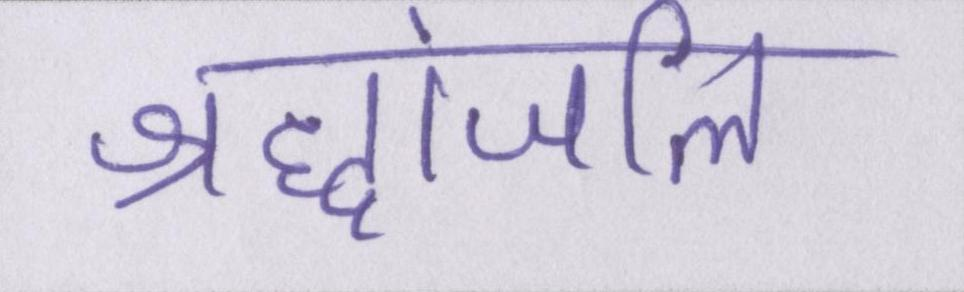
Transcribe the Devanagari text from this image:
श्रद्धांजलि